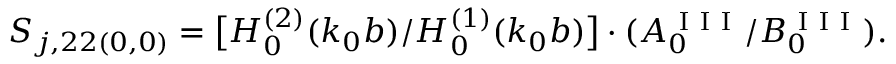
S _ { j , 2 2 ( 0 , 0 ) } = \big [ H _ { 0 } ^ { ( 2 ) } ( k _ { 0 } b ) / H _ { 0 } ^ { ( 1 ) } ( k _ { 0 } b ) \big ] \cdot ( A _ { 0 } ^ { \mathrm { ~ I ~ I ~ I ~ } } / B _ { 0 } ^ { \mathrm { ~ I ~ I ~ I ~ } } ) .